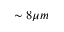
\sim 8 \mu m